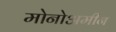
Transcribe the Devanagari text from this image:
मोनोअमीन